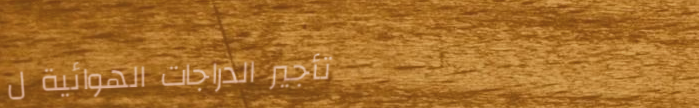
تأجير الدراجات الهوائية ل